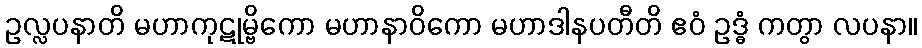
ဥလ္လပနာတိ မဟာကုဋုမ္ဗိကော မဟာနာဝိကော မဟာဒါနပတီတိ ဧဝံ ဥဒ္ဓံ ကတွာ လပနာ။